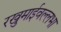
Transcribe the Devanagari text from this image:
रखुमाईवल्लभा